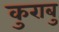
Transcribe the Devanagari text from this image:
कुराबु